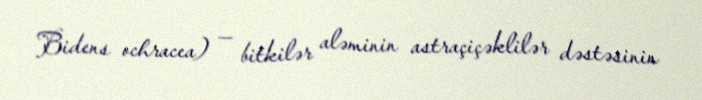
Bidens ochracea) — bitkilər aləminin astraçiçəklilər dəstəsinin